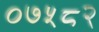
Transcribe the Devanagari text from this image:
०७५८२